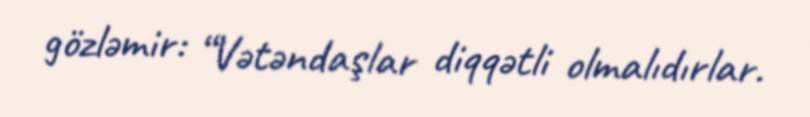
gözləmir: “Vətəndaşlar diqqətli olmalıdırlar.